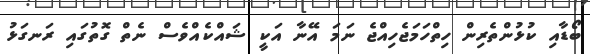
ބޯޑާއި ކުޅުންތެރިން ހިތްހަމަޖެހިއްޖެ ނަމަ އޭނާ އަކީ ޝައްކެއްވެސް ނެތް ގޮތުގައި ރަނގަޅު